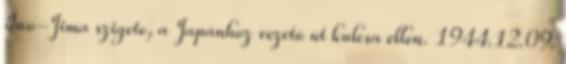
Iwo-Jima szigete, a Japánhoz vezetõ út kulcsa ellen. 1944.12.09.